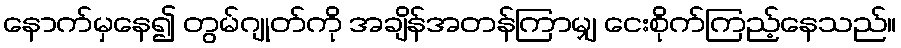
နောက်မှနေ၍ တွမ်ဂျုတ်ကို အချိန်အတန်ကြာမျှ ငေးစိုက်ကြည့်နေသည်။